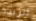
الزبدة